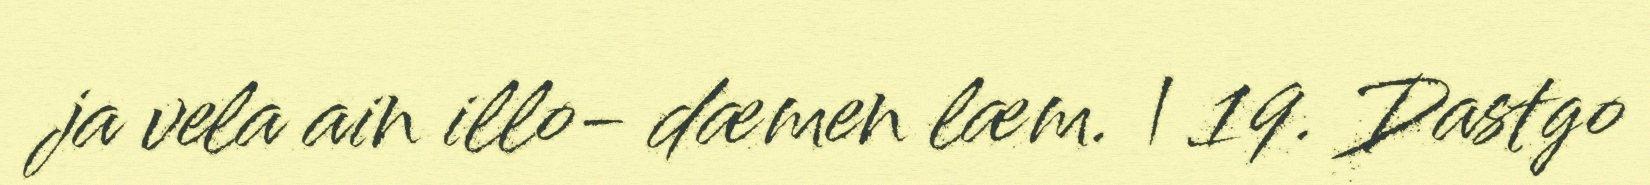
ja vela ain illo- dæmen læm. | 19. Dastgo